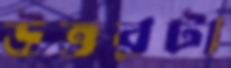
উত্তরটা